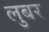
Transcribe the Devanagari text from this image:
लुबर